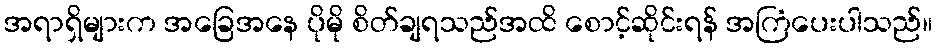
အရာရှိများက အခြေအနေ ပိုမို စိတ်ချရသည်အထိ စောင့်ဆိုင်းရန် အကြံပေးပါသည်။